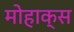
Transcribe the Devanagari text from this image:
मोहाक्स